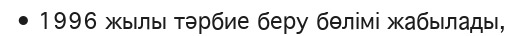
• 1996 жылы тәрбие беру бөлімі жабылады,